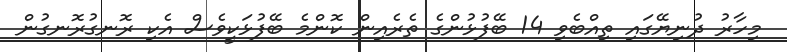
މިހާރު ދުނިޔޭގައި ތިއްބެވި 14 ބޭފުޅުންގެ ތެރެއިން ކޮންމެ ބޭފުޅަކީވެސް އެކި ރޮނގުރޮނގުން